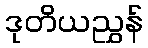
ဒုတိယညွှန်